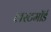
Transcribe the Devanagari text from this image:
लस्टमॉर्ड